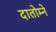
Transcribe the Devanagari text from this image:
दातोम्ने